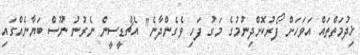
ޚިދުމަތްތައް އަވަހަށް ފޯރުކޮށްދިނުމުގެ މަގު ފަހި ވެގެންދާނެ" އެޗްޑީސީން ނެރުނު ނޫސް ބަޔާނެއްގައި